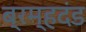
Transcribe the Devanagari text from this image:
ब्रम्हदंड